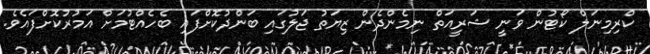
ކްރިމިނަލް ކޯޓުން ވަނީ ޝަރީއަތް ނިމެންދެން ޒިޔަތު ޖަލުގައި ބަންދުކޮށްފައި ބެހެއްޓުމަށް އަމުރުކޮށްފައެވެ.